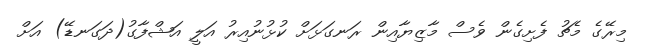
މިރޭގެ މެޗު ފެށިގެން ވެސް މާޒިޔާއިން ރަނގަޅަށް ކުޅުނުއިރު އަލީ އަޝްފާގު(ދަގަނޑޭ) އަށް